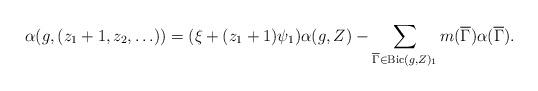
LaTeX: \begin{align*} \alpha(g,(z_1+1,z_2,\ldots))=(\xi+(z_1+1)\psi_1)\alpha(g,Z) - \sum_{\overline{\Gamma}\in {\rm Bic}({g},{Z})_1} m(\overline{\Gamma}) \alpha(\overline{\Gamma}). \end{align*}